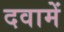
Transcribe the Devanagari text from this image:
दवामें